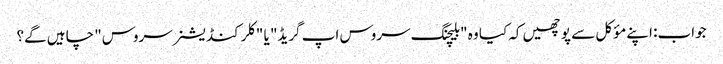
جواب: اپنے مؤکل سے پوچھیں کہ کیا وہ "بلیچنگ سروس اپ گریڈ" یا "کلر کنڈیشنر سروس" چاہیں گے؟